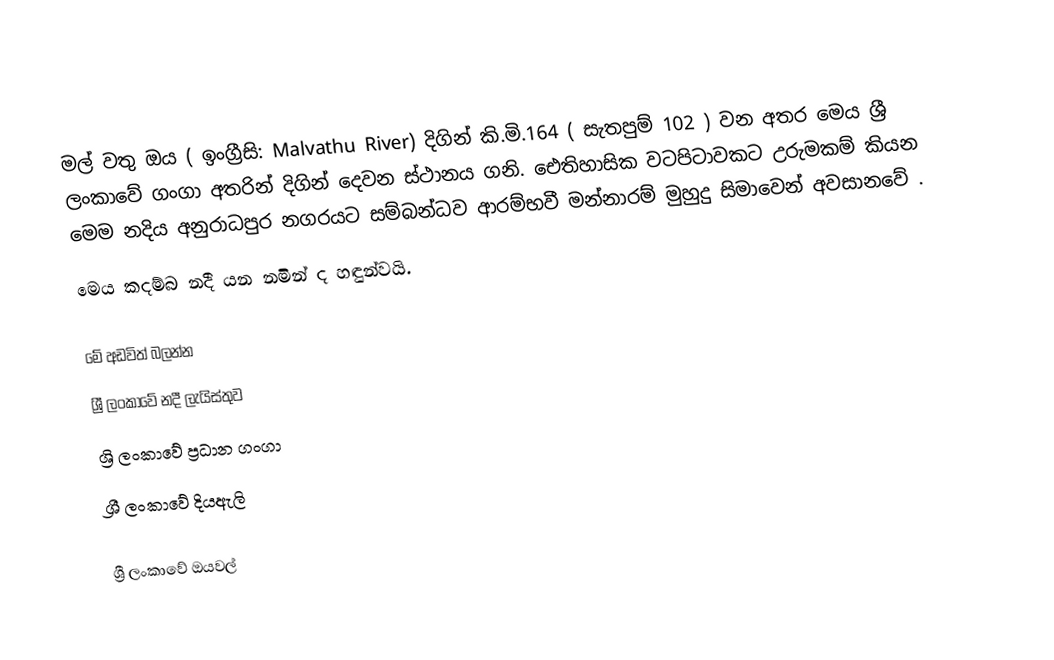
මල් වතු ඔය ( ඉංග්‍රීසි: Malvathu River)  දිගින් කි.මි.164  ( සැතපුම් 102 ) වන අතර මෙය ශ්‍රී ලංකාවේ ගංගා අතරින් දිගින් දෙවන ස්ථානය ගනි. ඓතිහාසික වටපිටාවකට උරුමකම් කියන මෙම නදිය අනුරාධපුර නගරයට සම්බන්ධව ආරම්භවී මන්නාරම් මුහුදු සිමාවෙන් අවසානවේ .
මෙය කදම්බ නදී යන නමින් ද හඳුන්වයි.

මේ අඩවිත් බලන්න
ශ්‍රී ලංකාවේ නදී ලැයිස්තුව
ශ්‍රි ලංකාවේ ප්‍රධාන ගංගා
ශ්‍රී ලංකාවේ දියඇලි

ශ්‍රී ලංකාවේ ඔයවල්